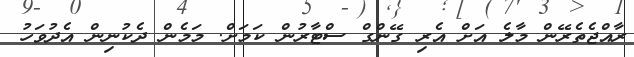
ރާއްޖެތެރޭން މާލެ އަށް އެރި ގޭންގް ސްޓާރުން ކަމަށް. މަމެން ދެކުނިން އެދުވަހު